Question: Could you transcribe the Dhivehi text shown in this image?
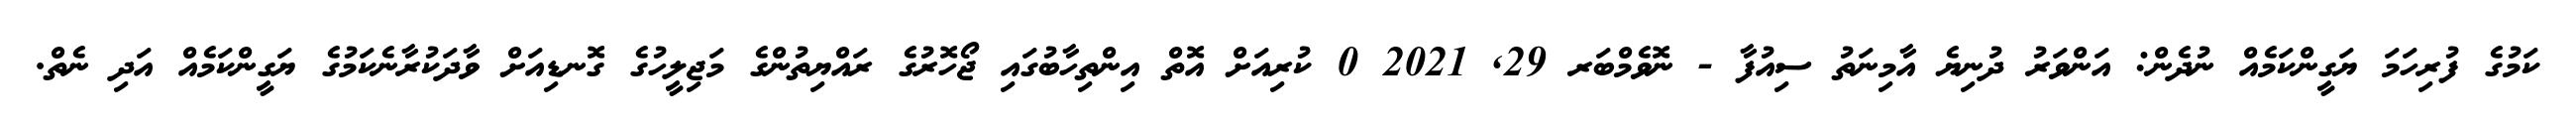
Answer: ކަމުގެ ފުރިހަމަ ޔަގީންކަމެއް ނުދެން: އަންވަރު ދުނިޔެ އާމިނަތު ސިއުފާ - ނޮވެމްބަރ 29, 2021 0 ކުރިއަށް އޮތް އިންތިހާބުގައި ޖޯހޮރުގެ ރައްޔިތުންގެ މަޖިލީހުގެ ގޮނޑިއަށް ވާދަކުރާނެކަމުގެ ޔަގީންކަމެއް އަދި ނެތް.